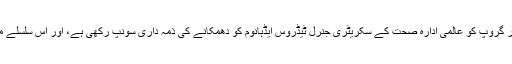
قابل ذکر ہے کہ موصولہ اطلاعات کے مطابق سعودی ولیعہد محمد بن سلمان نے سعودی حکومت کے سائبر گروپ کو عالمی ادارہ صحت کے سکریٹری جنرل ٹیڈروس ایڈہانوم کو دھمکانے کی ذمہ داری سونپ رکھی ہے، اور اس سلسلے میں ایک ماہ قبل ٹیڈروس ایڈہانوم نے ٹوئٹ کر کے بھی بتایا تھا کہ انہیں قتل کرنے کی دھمکی دی گئی ہے۔